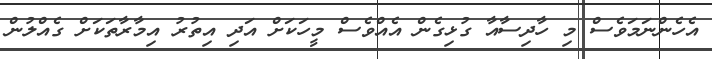
އެހެންނަމަވެސް މި ހާދިސާއާ ގުޅިގެން އެއްވެސް މީހަކަށް އަދި އިތުރު އިމާރާތަކަށް ގެއްލުން